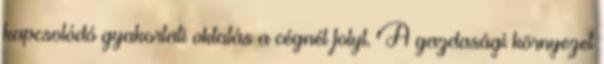
kapcsolódó gyakorlati oktatás a cégnél folyt. A gazdasági környezet